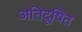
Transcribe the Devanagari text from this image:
अतिदूषित